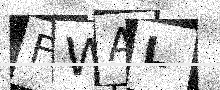
Text: FWAL